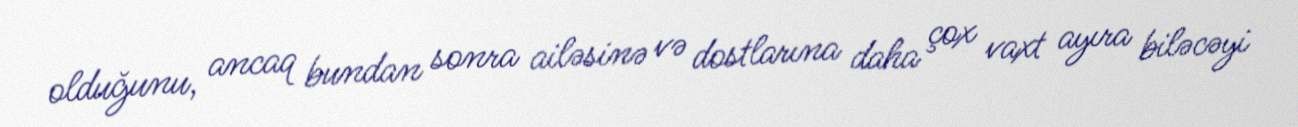
olduğunu, ancaq bundan sonra ailəsinə və dostlarına daha çox vaxt ayıra biləcəyi